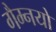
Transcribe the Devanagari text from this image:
गैम्नयो